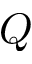
Q